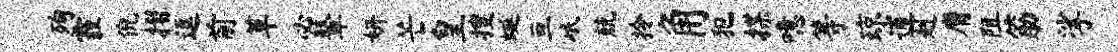
殉霾倪摺逗前草必鼙妍芒皇搜蜒亘岷兢拎角犯揲噫等琼逋赳膺阻筋挲